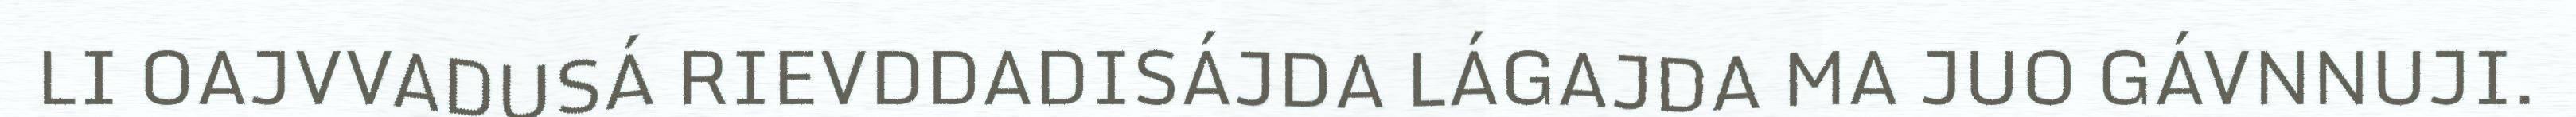
LI OAJVVADUSÁ RIEVDDADISÁJDA LÁGAJDA MA JUO GÁVNNUJI.